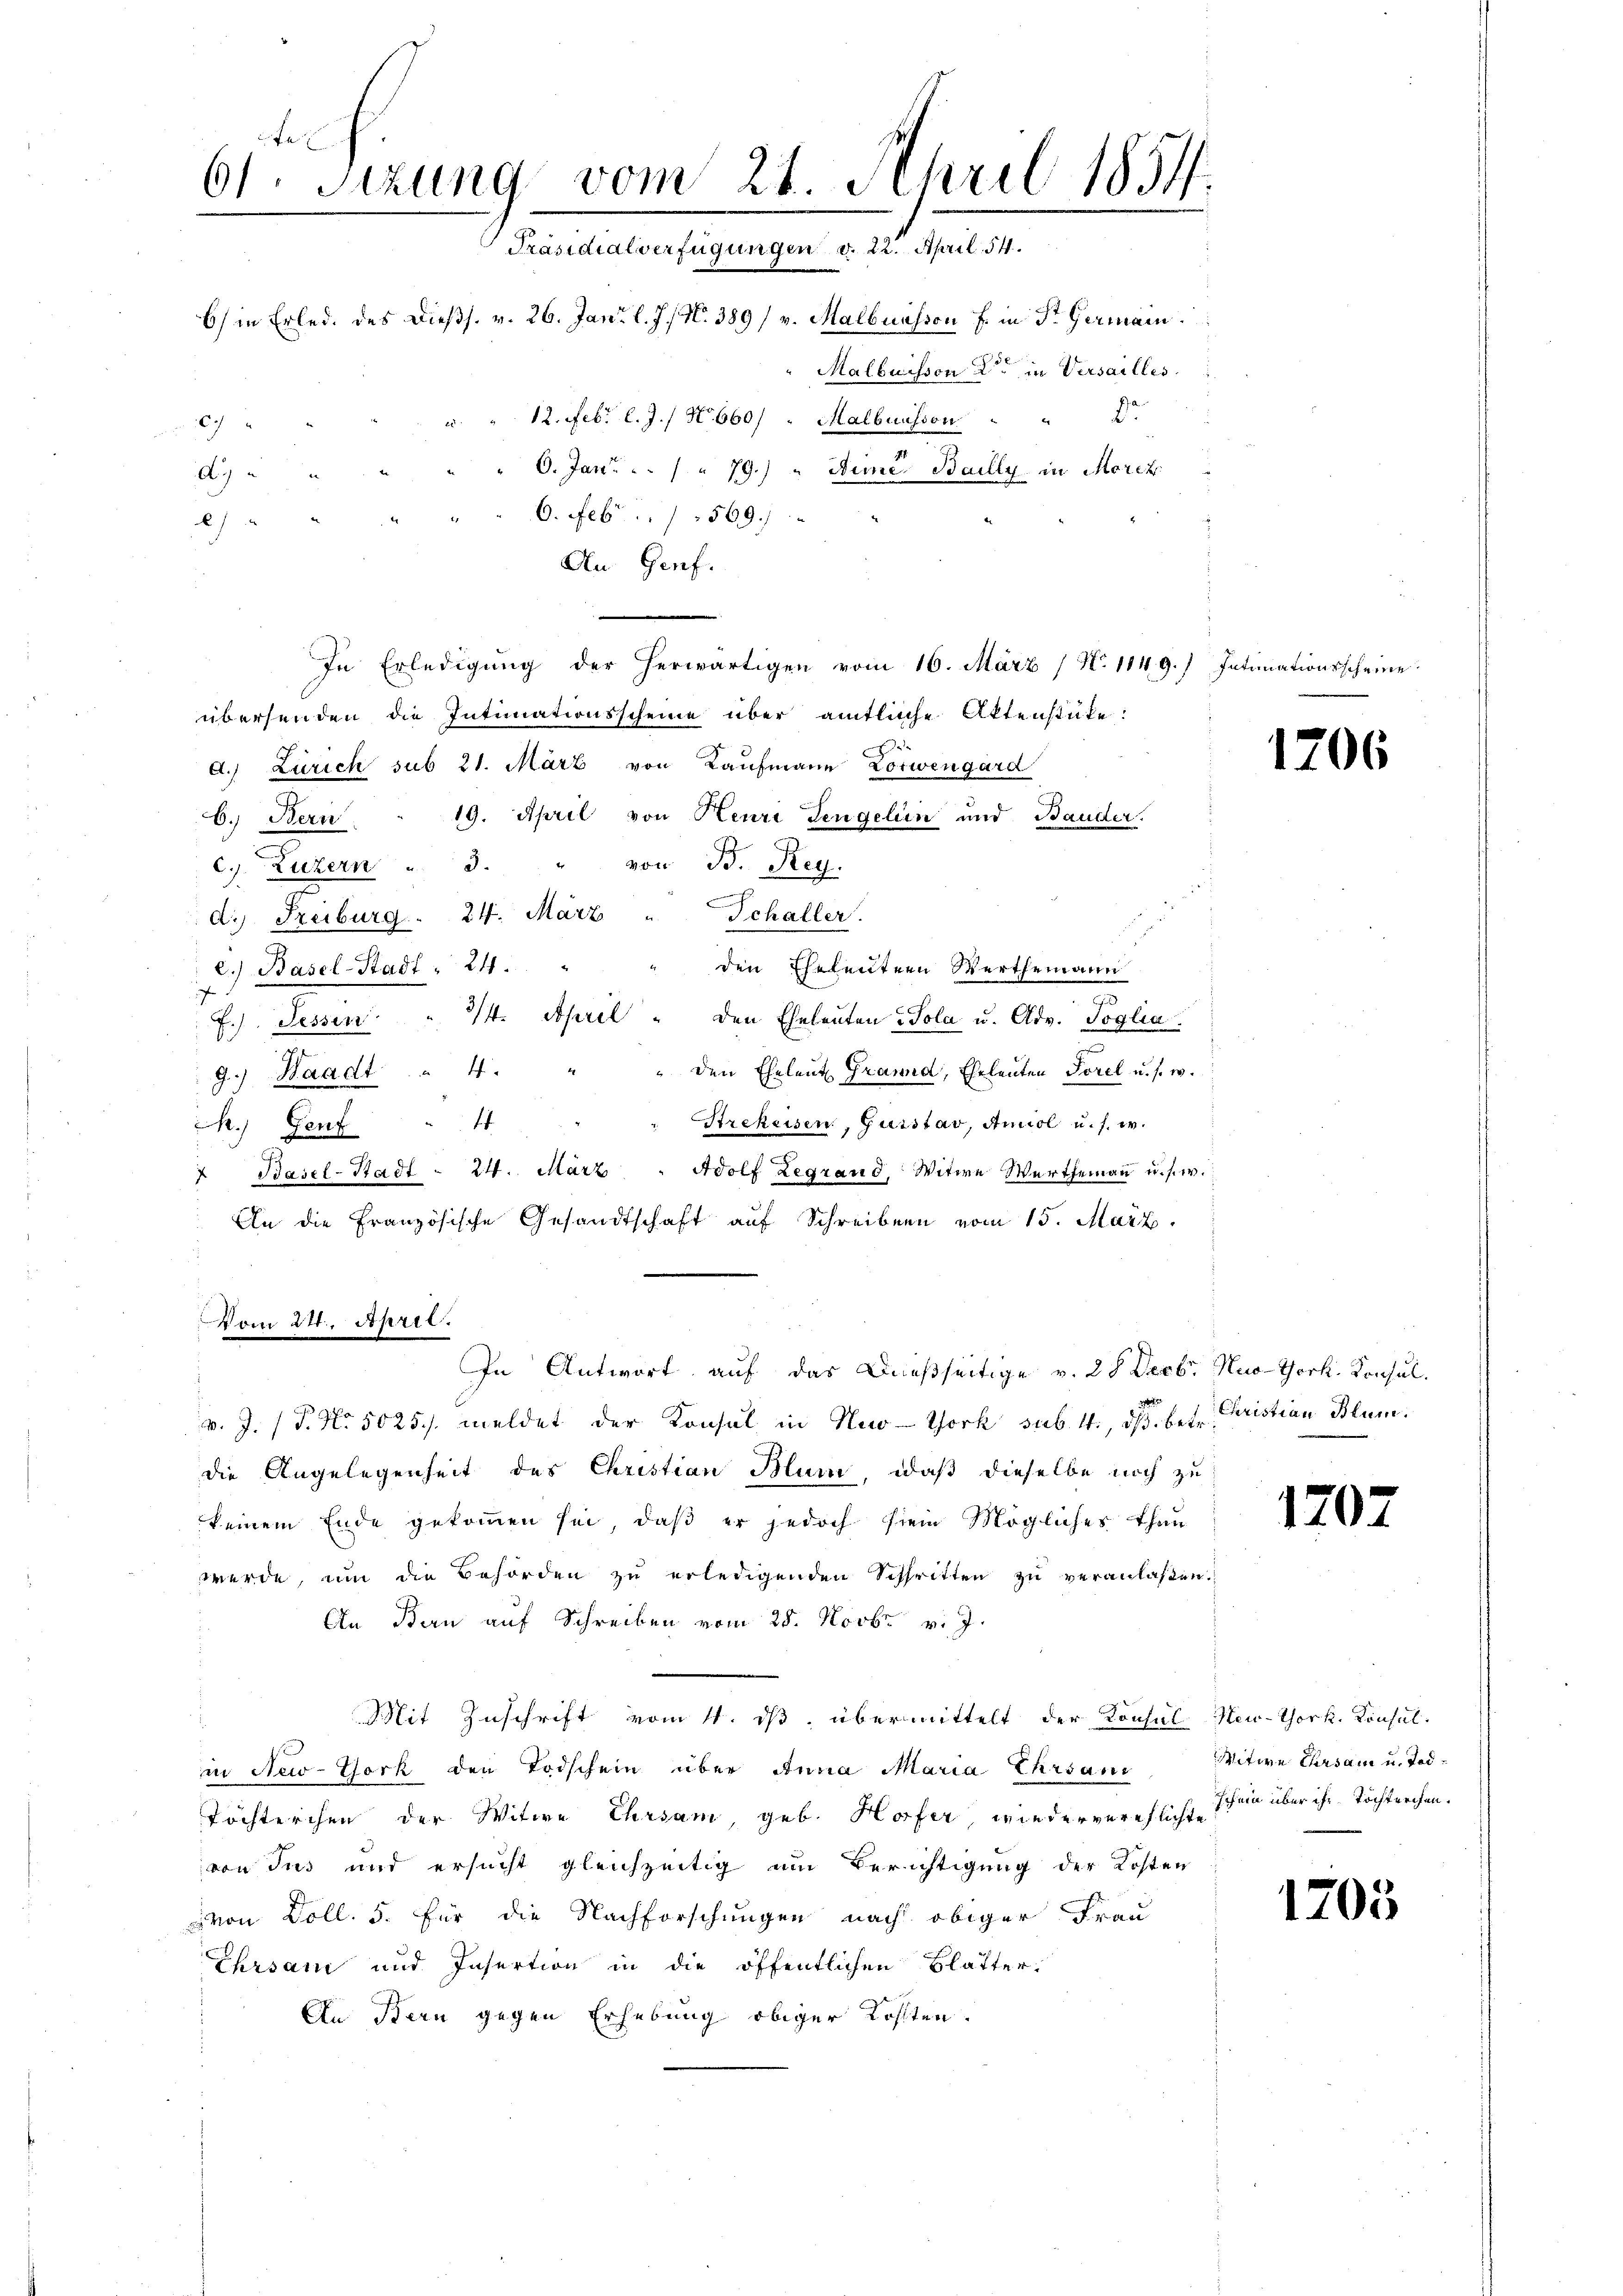
61. Sizung vom 21. April 1854.
Präsidialverfügungen v. 22. April. 54.
6) in Erled, des dießs. v. 26. Jani l. J. / No. 389/ v. Malbuisson f. in St. Germain
Malbuisson ein Versailles
u. " 12. Febr. l. J. / N. 660/ " Malbuusson " " 20
87
6. Jan. " 79.) " Die Bailly in Morez
A
9. Feb 1 569.
7
An Genf.

In Erledigŭng der herwärtigen vom 16. März (N. 1149.) Intimationsscheine
übersenden die Intimationsscheine über amtliche Aktenstüke:
7
d.) Zürich sub 21. März von Kaufmann Lotwengard
6. Bern . 19. April von Heure Lengelein und Bauder.
c). Luzern " 3. " von Bd. Reg.
di. Freiburg. 24. März " Schaller.
r
e.) Basel-Stadt: 24.
den Eheleutern Werthemann
f
.
34. April " den Eheleuten Sola u. Adv. Poglia
Fesser
J.)
u
" den Eheleut Grand, Eheleuten Sorel u. s. w.
9.) Waadt 4. "
Strekeisen, Gustav, Amiol u. s. w.
14
h.) Genf
" Basel-Stadt " 24. März " Adolf Zegrand, Witwe Wertheinau u. s. w.
An die Französische Gesandtschaft auf Schreiben vom 15. März.
Vom 24. April.
In Antwort auf das Dießseitige v. 28 Decbr. Nuo-York, Konsul
v. J. (T. No 5025./. meldet der Konsul in Nuo-York sub. 4. ds. betr. Christian Blum
die Angelegenheit des Christian Blum, daß dieselbe noch zu
keinem Ende gekommen sei, daß er jedoch sein Mögliches Thau-
werde, um die Behörden zu erledigenden Schritten zu veranlaßen.
An Bern auf Schreiben vom 28. Novbr. v. J.
Mit Zuschrift vom 11. ds. übermittelt der Konsul New-York. Konsul-
in New-York den Todschein über Anna Maria Ehrsant
Töchterchen der Witwe Ehrsam, geb. Hofer, wiederverehlicht schein über ihr Tochterchen.
von Jus und ersucht gleichzeitig am Berichtigung der Kosten
von Doll. 5. Für die Nachforschungen nach obiger Frau
Ehrsam und Insertion in die öffentlichen Blätter-
An Bern gegen Erhebung obiger Kosten.

1206

1707

Witwe Ehrsam u. Tod¬

1703